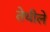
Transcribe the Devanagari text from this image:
तेथीले